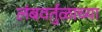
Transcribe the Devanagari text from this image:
लंबवर्तुळाच्या